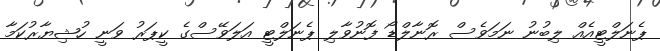
ޕެނަލްޓީއެއް ލިބުނު ނަމަވެސް ރޮނާލްޑޯ ފޮނުވާލި ޕެނަލްޓީ އަލަވޭސްގެ ކީޕަރު ވަނީ ހުޝިޔާރުކަމާ